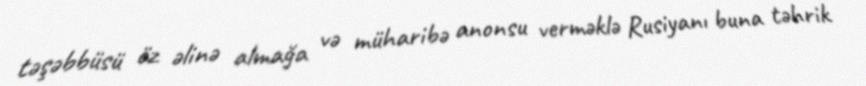
təşəbbüsü öz əlinə almağa və müharibə anonsu verməklə Rusiyanı buna təhrik